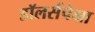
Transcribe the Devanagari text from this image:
डॉलर्सपेक्षा